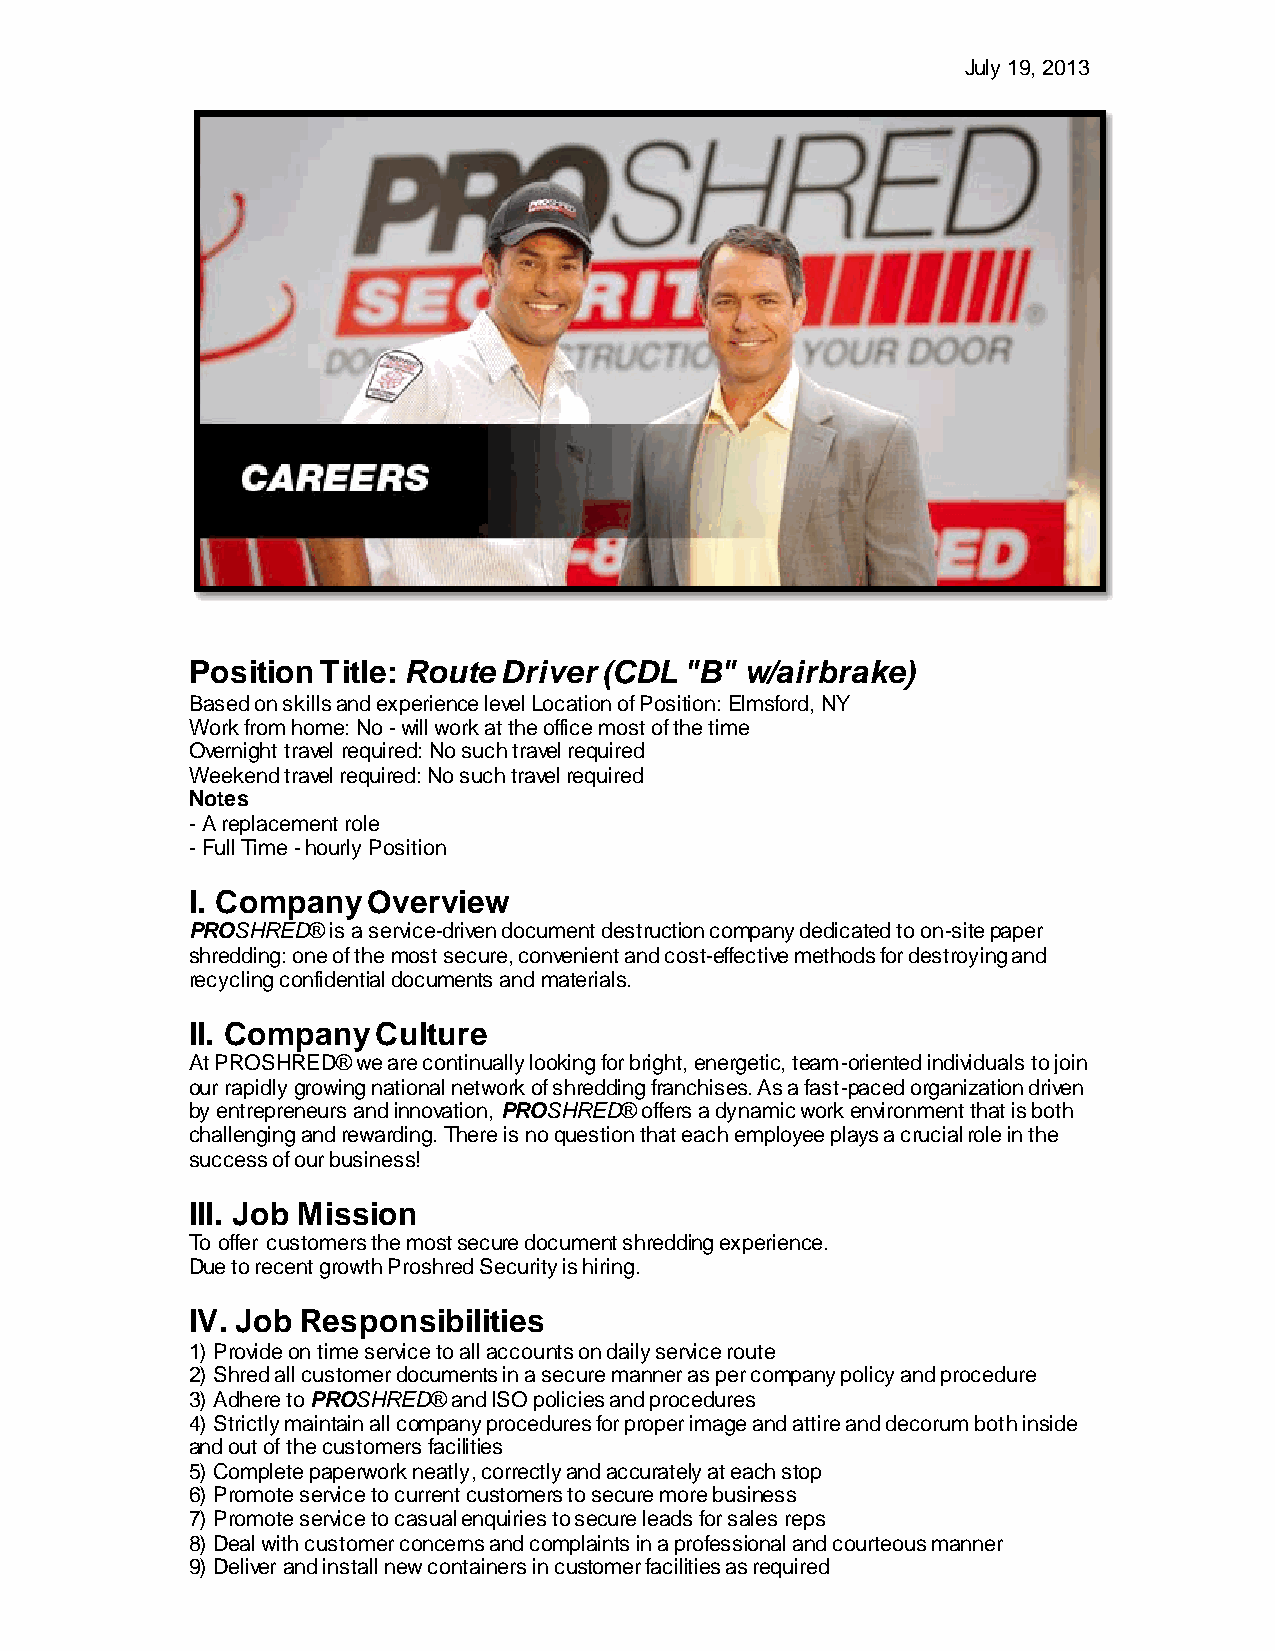
July 19, 2013
 Position Title: Route Driver (CDL "B" w/airbrake)
 Based on skills and experience level Location of Position: Elmsford, NY
 Work from home: No - will work at the office most of the time
 Overnight travel required: No such travel required
 Weekend travel required: No such travel required
 Notes
 - A replacement role
 - Full Time - hourly Position
 I. Company  Overview
 PROSHRED® is a service-driven document destruction company dedicated to on-site paper
 shredding: one of the most secure, convenient and cost-effective methods for destroying and
 recycling confidential documents and materials.
 II. Company  Culture
 At PROSHRED® we are continually looking for bright, energetic, team-oriented individuals to join
 our rapidly growing national network of shredding franchises. As a fast-paced organization driven
 by entrepreneurs and innovation, PROSHRED® offers a dynamic work environment that is both
 challenging and rewarding. There is no question that each employee plays a crucial role in the
 success of our business!
 III. Job Mission
 To offer customers the most secure document shredding experience.
 Due to recent growth Proshred Security is hiring.
 IV. Job Responsibilities
 1) Provide on time service to all accounts on daily service route
 2) Shred all customer documents in a secure manner as per company policy and procedure
 3) Adhere to PROSHRED® and ISO policies and procedures
 4) Strictly maintain all company procedures for proper image and attire and decorum both inside
 and out of the customers facilities
 5) Complete paperwork neatly, correctly and accurately at each stop
 6) Promote service to current customers to secure more business
 7) Promote service to casual enquiries to secure leads for sales reps
 8) Deal with customer concerns and complaints in a professional and courteous manner
 9) Deliver and install new containers in customer facilities as required